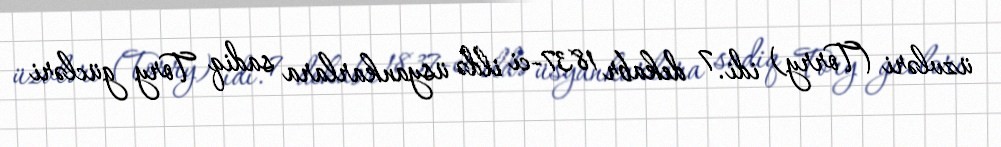
üzvləri (Torry) idi. 7 dekabr 1837-ci ildə üsyankarlara sadiq Tory gücləri